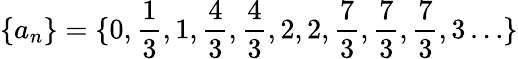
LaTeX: \{ a_{n}\} =\{ 0,\frac 13,1,\frac 43,\frac 43,2,2,\frac 73,\frac 73,\frac 73,3\ldots\}